Annual administration report of the Civil Veterinary Department of India - 1898-1899
Year: 1898
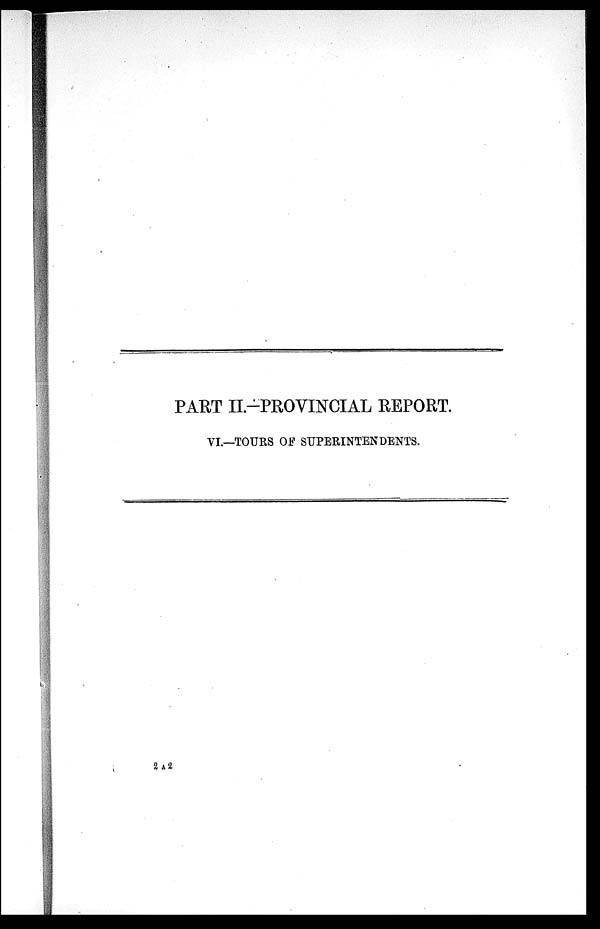
PART II.-PROVINCIAL REPORT.
VI.—TOURS OF SUPERINTENDENTS.
2 A 2